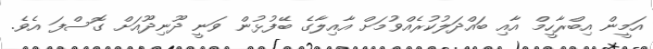
އަމީން އިބްރާހީމް އާއި ބައްދަލުކުރެއްވުމަށް އާއިލާގެ ބޭފުޅުން ވަނީ ދޫނިދޫއަށް ގޮސްފަ އެވެ.